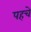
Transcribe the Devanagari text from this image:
पहचे